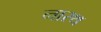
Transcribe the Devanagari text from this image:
नारथ